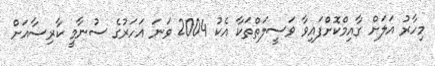
މިހާރު އަލަށް ގާއިމްކޮށްފައިވާ ވަސީލަތްތަކާ އެކު 2004 ވަނަ އަހަރުގެ ސުނާމީ ކާރިސާއަށް